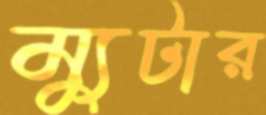
ম্যুটার